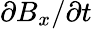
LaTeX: \partial{B_{x}}/\partial t